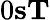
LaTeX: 0\le s\le T